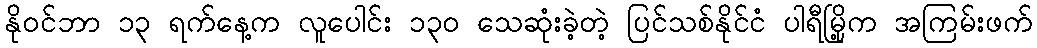
နိုဝင်ဘာ ၁၃ ရက်နေ့က လူပေါင်း ၁၃၀ သေဆုံးခဲ့တဲ့ ပြင်သစ်နိုင်ငံ ပါရီမြို့က အကြမ်းဖက်